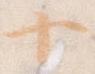
十